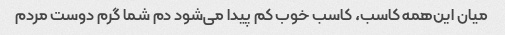
میان این‌همه کاسب، کاسب خوب کم پیدا می‌شود دم شما گرم دوست مردم